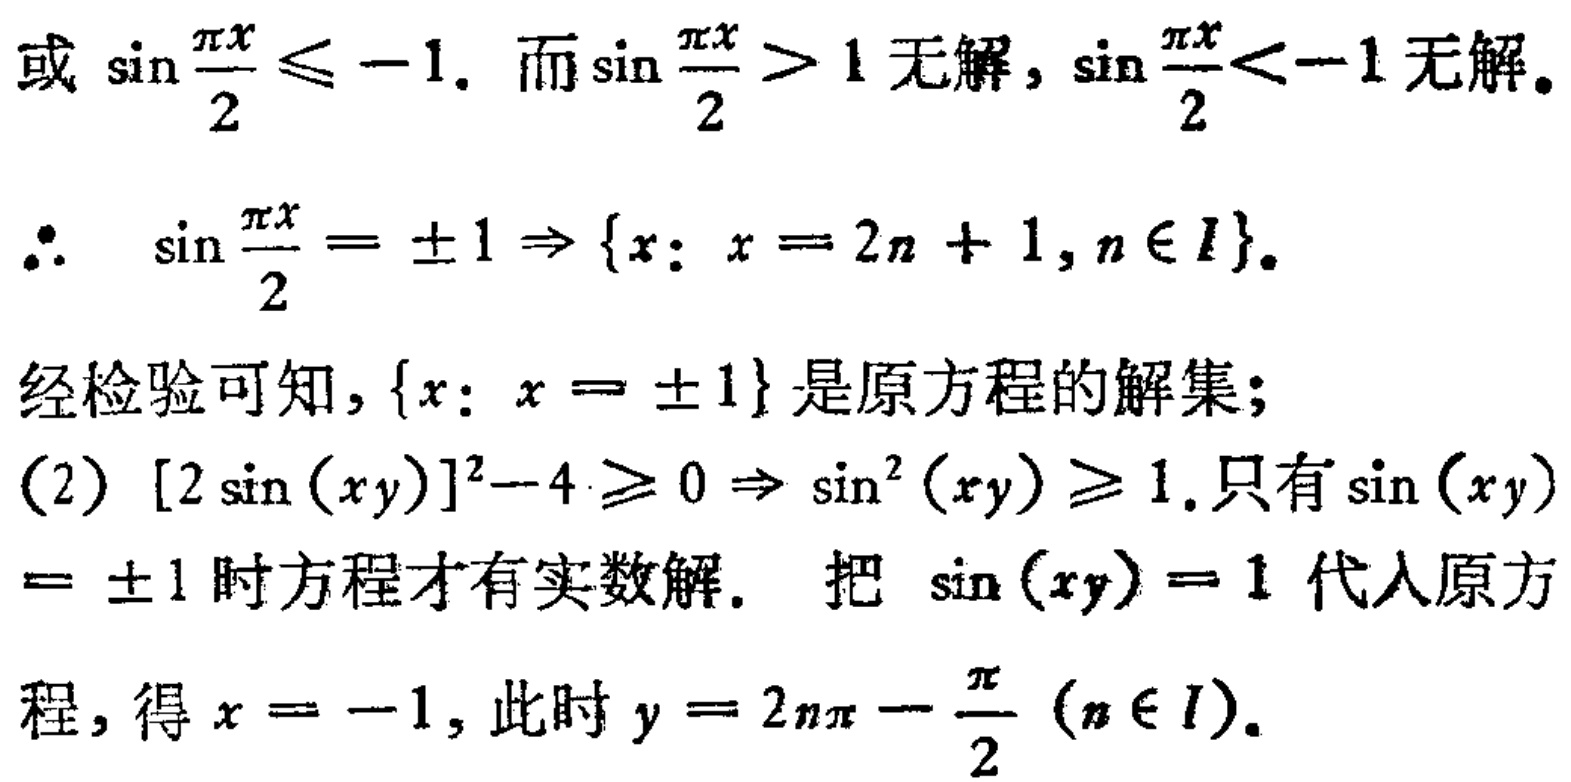
或 \(\sin\frac{\pi x}{2}\leq - 1\). 而\(\sin\frac{\pi x}{2}>1\)无解, \(\sin\frac{\pi x}{2}<-1\)无解.
\(\therefore\) \(\sin\frac{\pi x}{2}=\pm1\Rightarrow\{x:x = 2n + 1,n\in I\}\).
经检验可知, \(\{x:x=\pm1\}\)是原方程的解集;
(2) \([2\sin(xy)]^{2}-4\geq0\Rightarrow\sin^{2}(xy)\geq1\).只有\(\sin(xy)\)
\(=\pm1\)时方程才有实数解. 把 \(\sin(xy)=1\)代入原方
程, 得\(x = - 1\), 此时\(y = 2n\pi-\frac{\pi}{2}(n\in I)\).